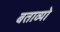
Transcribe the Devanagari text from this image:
बताव्यो